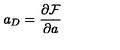
a _ { D } = \frac { \partial \mathcal { F } } { \partial a }